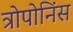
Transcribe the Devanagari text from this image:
त्रोपोनिंस